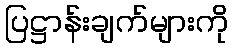
ပြဋ္ဌာန်းချက်များကို